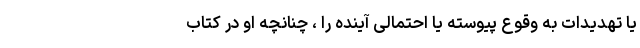
یا تهدیدات به وقوع پیوسته یا احتمالی آینده را ، چنانچه او در کتاب